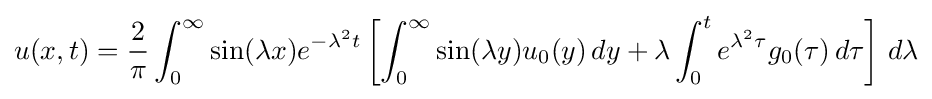
u(x,t)={\frac {2}{\pi }}\int _{0}^{\infty }\sin(\lambda x)e^{-\lambda ^{2}t}\left[\int _{0}^{\infty }\sin(\lambda y)u_{0}(y)\,dy+\lambda \int _{0}^{t}e^{\lambda ^{2}\tau }g_{0}(\tau )\,d\tau \right]\,d\lambda